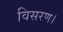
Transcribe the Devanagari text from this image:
विसरण।